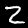
Label: 2